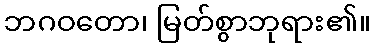
ဘဂဝတော၊ မြတ်စွာဘုရား၏။